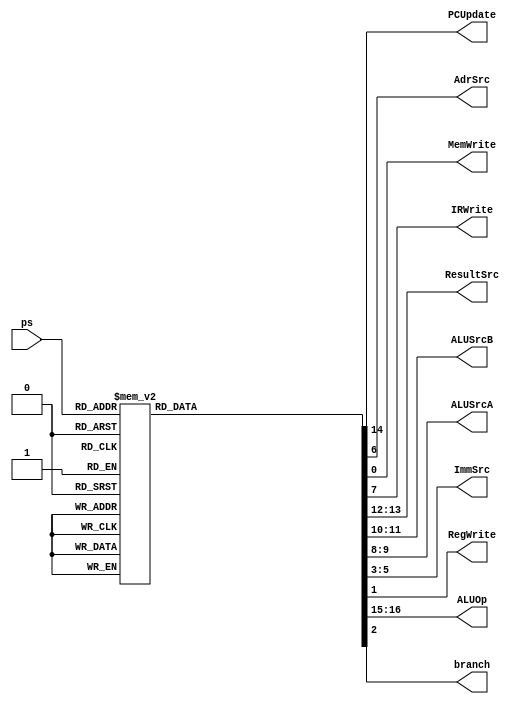
`define IF 5'b00000
`define ID 5'b00001
`define EX1 5'b00010
`define EX2 5'b00011
`define EX3 5'b00100
`define EX4 5'b00101
`define EX5 5'b00110
`define EX6 5'b00111
`define EX7 5'b01000
`define EX8 5'b01001
`define EX9 5'b01010
`define EX10 5'b01011
`define EX11 5'b01100
`define MEM1 5'b01101
`define MEM2 5'b01110
`define MEM3 5'b01111
`define MEM4 5'b10000
`define MEM5 5'b10001
`define WB 5'b10010

module main_decoder (ps, PCUpdate, AdrSrc, MemWrite, IRWrite, ResultSrc, ALUSrcB, ALUSrcA, ImmSrc, RegWrite, ALUOp, branch);

    input [4:0] ps;
    output reg PCUpdate, AdrSrc, MemWrite, IRWrite, RegWrite, branch;
    output reg [1:0] ResultSrc, ALUSrcB, ALUSrcA, ALUOp;
    output reg [2:0] ImmSrc;

    always @(ps) begin
        {PCUpdate, AdrSrc, MemWrite, IRWrite, ResultSrc, ALUSrcB, ALUSrcA, ImmSrc, RegWrite, ALUOp, branch} = 17'b0;
        case (ps)
            `IF: begin
                AdrSrc = 1'b0;
                IRWrite = 2'b01;
                ALUSrcA = 2'b00;
                ALUSrcB = 2'b10;
                ResultSrc = 2'b10;
                PCUpdate = 1'b1;
                ALUOp = 2'b00;
            end
            `ID: begin
                ALUSrcA = 2'b01;
                ALUSrcB = 2'b01;
                ImmSrc = 3'b010;
                ALUOp = 2'b00;
            end
            `EX1: begin
                ALUSrcA = 2'b10;
                ALUSrcB = 2'b00;
                ALUOp = 2'b10;
            end
            `EX2: begin
                ALUSrcA = 2'b10;
                ALUSrcB = 2'b01;
                ImmSrc = 3'b000;
                ALUOp = 2'b11;
            end
            `EX3: begin
                ALUSrcA = 2'b10;
                ALUSrcB = 2'b01;
                ImmSrc = 3'b000;
                ALUOp = 2'b00;
            end
            `EX4: begin
                ALUSrcA = 2'b01;
                ALUSrcB = 2'b10;
                ALUOp = 2'b00;
            end
            `EX5: begin
                ALUSrcA = 2'b10;
                ALUSrcB = 2'b01;
                ImmSrc = 3'b000;
                RegWrite = 1'b1;
                ResultSrc = 2'b00;
                ALUOp = 2'b00;
            end
            `EX6: begin
                ResultSrc = 2'b00;
                PCUpdate = 1'b1;
            end
            `EX7: begin
                ALUSrcA = 2'b10;
                ALUSrcB = 2'b01;
                ImmSrc = 3'b001;
                ALUOp = 2'b00;
            end
            `EX8: begin
                ALUSrcA = 2'b01;
                ALUSrcB = 2'b10;
                ALUOp = 2'b00;
            end
            `EX9: begin
                ALUSrcA = 2'b01;
                ALUSrcB = 2'b01;
                RegWrite = 1'b1;
                ImmSrc = 3'b100;
                ResultSrc = 2'b00;
                ALUOp = 2'b00;
            end
            `EX10: begin
                ResultSrc = 2'b00;
                PCUpdate = 1'b1;
            end
            `EX11: begin
                ALUSrcA = 2'b10;
                ALUSrcB = 2'b00;
                ImmSrc = 3'b000;
                ALUOp = 2'b01;
                branch = 1'b1;
            end
            `MEM1: begin
                ResultSrc = 2'b00;
                RegWrite = 1'b1;
            end
            `MEM2: begin
                ResultSrc = 2'b00;
                RegWrite = 1'b1;
            end
            `MEM3: begin
                ResultSrc = 2'b00;
                AdrSrc = 1'b1;
            end
            `MEM4: begin
                ResultSrc = 2'b00;
                MemWrite = 1'b1;
                AdrSrc = 1'b1;
            end
            `MEM5: begin
                ResultSrc = 2'b11;
                RegWrite = 1'b1;
                ImmSrc = 3'b001;
            end
            `WB: begin
                ResultSrc = 2'b01;
                RegWrite = 1'b1;
            end
            
        endcase
    end

endmodule